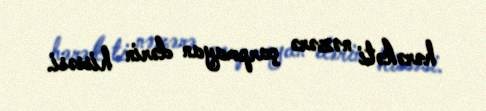
hərəkəti nəzərə çarpmayan dərin hissəsi.